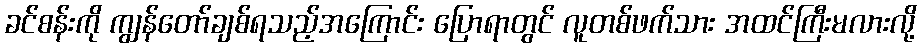
ခင်စန်းကို ကျွန်တော်ချစ်ရသည့်အကြောင်း ပြောရာတွင် လူတစ်ဖက်သား အထင်ကြီးမလားလို့